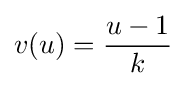
v(u)={\frac {u-1}{k}}